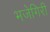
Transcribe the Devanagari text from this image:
भजेगिरी